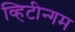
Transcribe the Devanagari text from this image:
व्हिटीन्गम